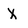
Character: X